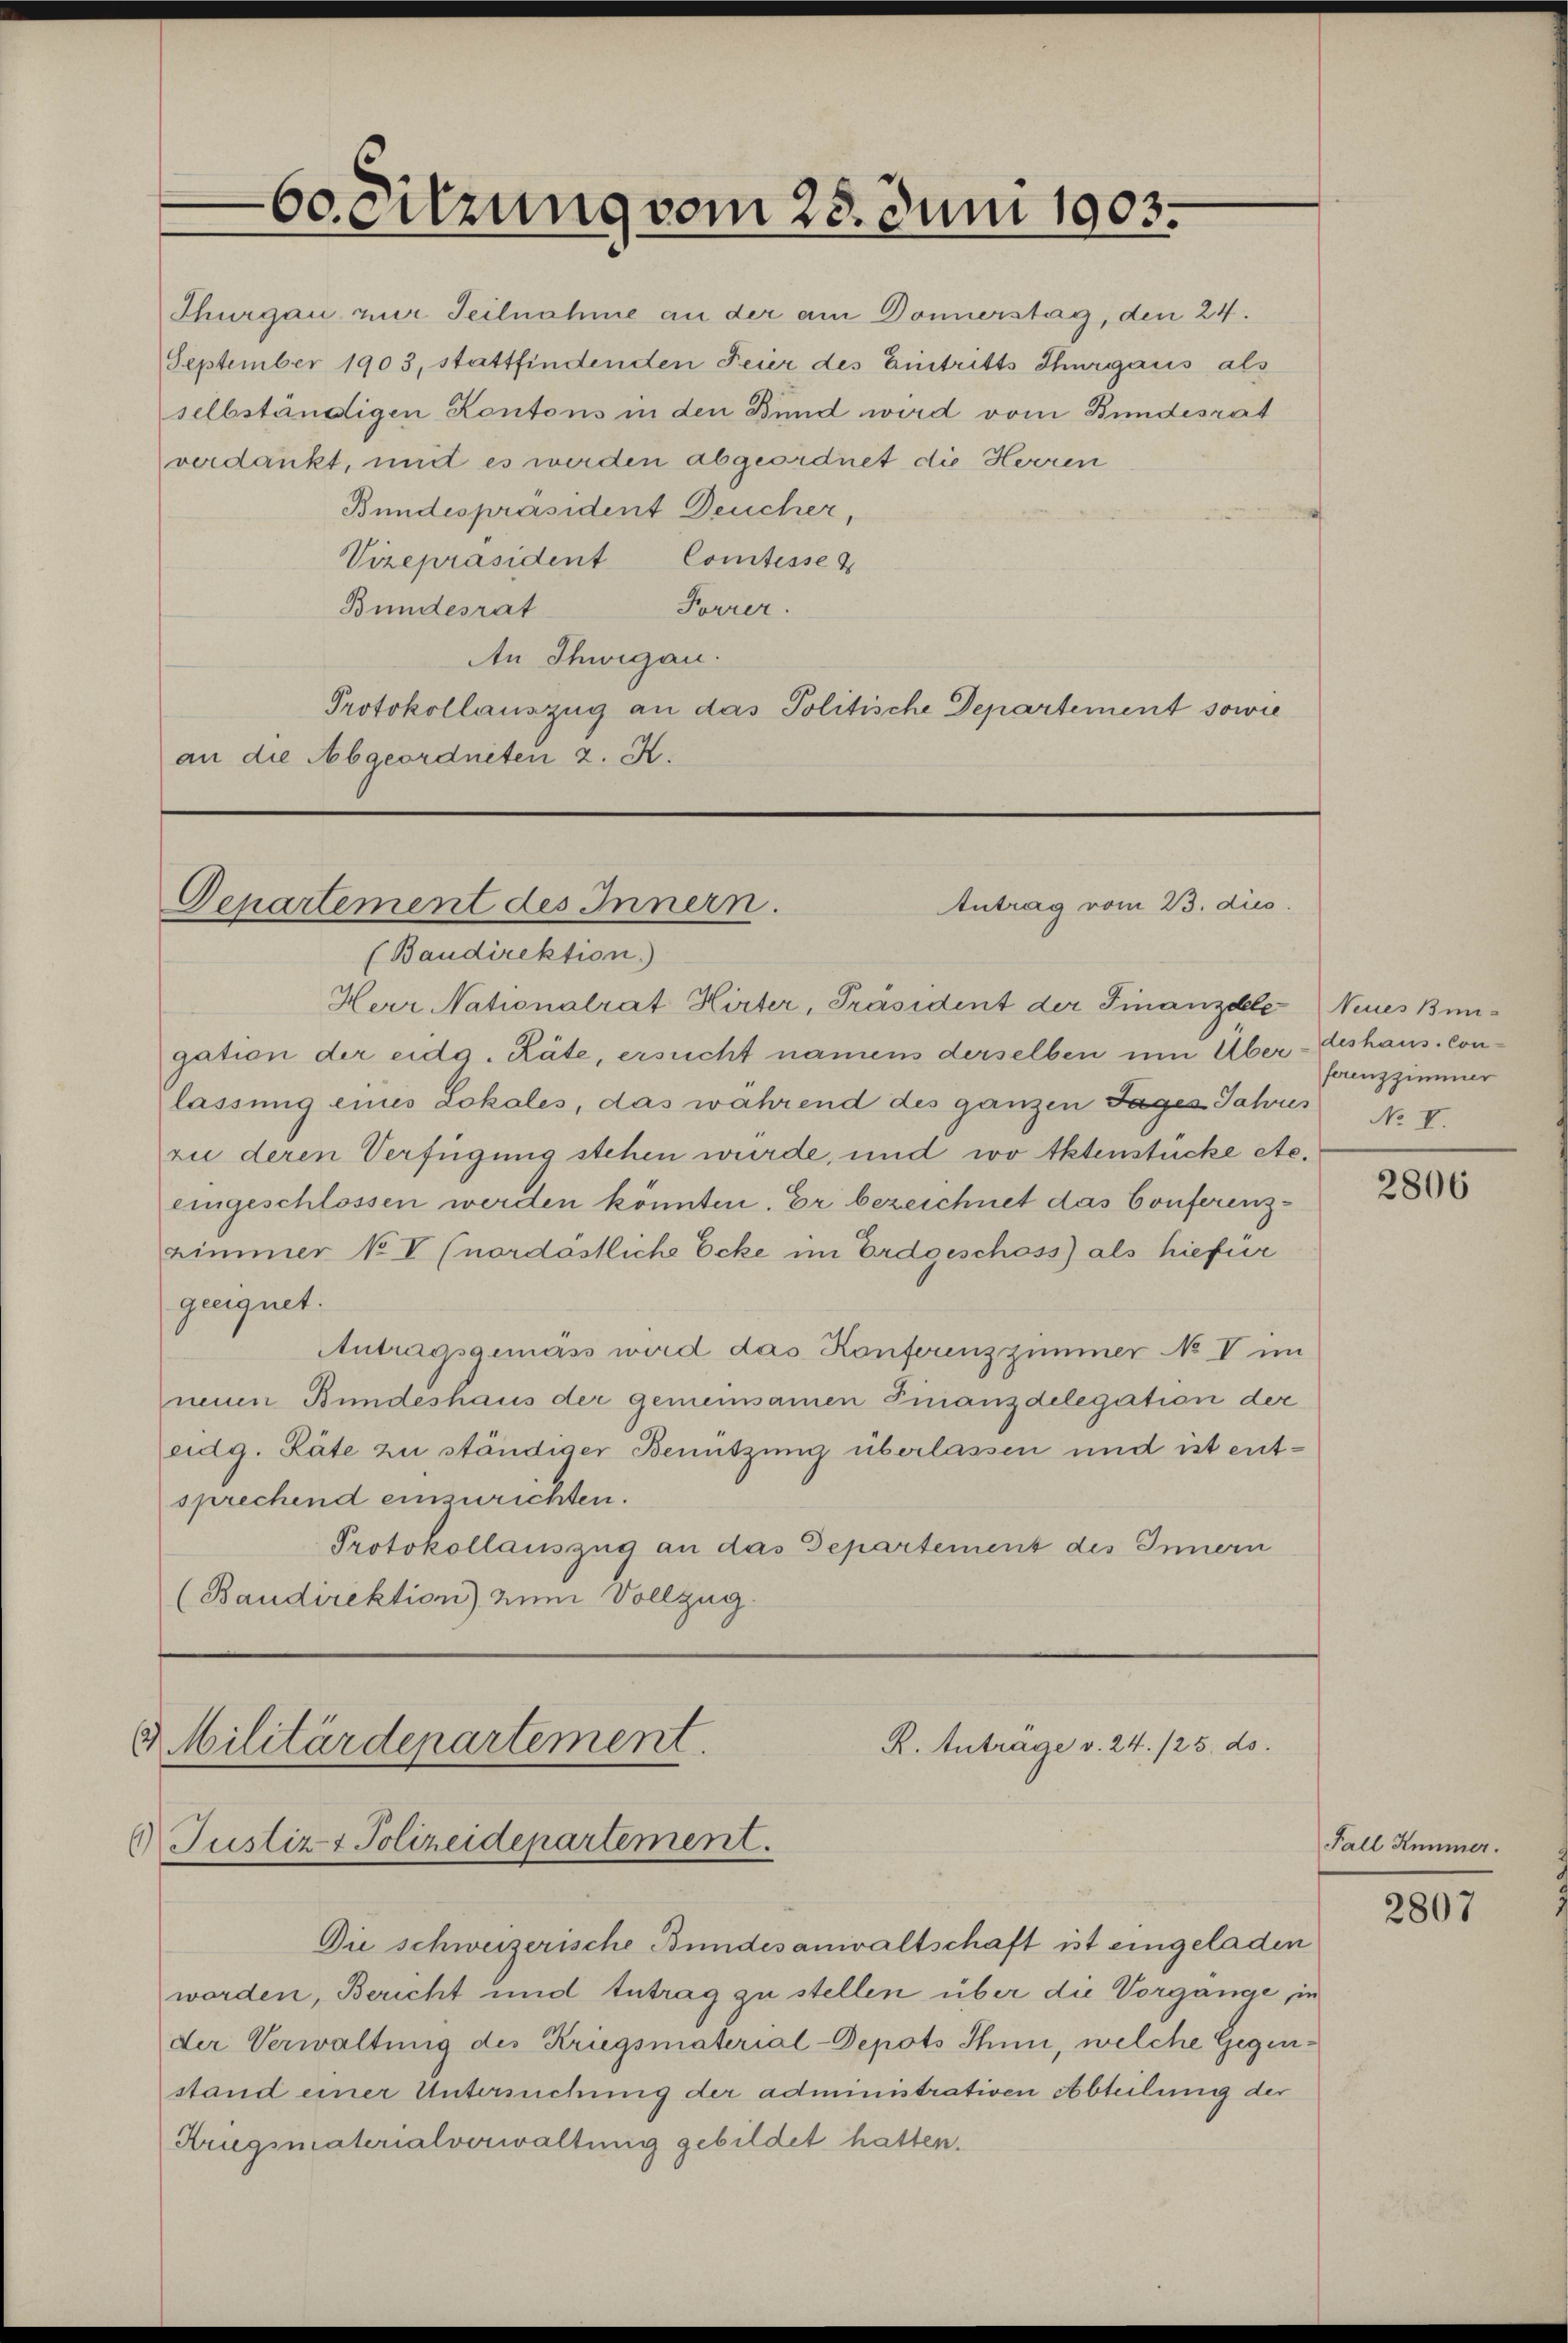
Thurgau zur Teilnahme an der am Donnerstag, den 24.
September 1903, stattfindenden Feier des Eintritts Thurgaus als
selbständigen Kontons in den Bund wird vom Bundesrat
verdankt, und es werden abgeordnet die Herren
Bundespräsident Deucher,
Vizepräsident Comtesse &
Forrer.
Bundesrat
An Shwigan.
Protokollauszug an das Politische Departement sowie
an die Abgeordneten z. K.

60. Sitzung vom 23. Juni 1903.

Antrag vom 23. dies.
Departement des Innern.

(Baudirektion)
Herr Nationalrat Hirter, Präsident der Finanzdele Neues Bungation der eidg. Räte, ersucht namens derselben um Über- deshaus. Conlassung eines Lokales, das während des ganzen Tages Jahres No V.
rie deren Verfügung stehen wurde, und wo Aktenstücke etc.
eingeschlossen werden könnten. Er bezeichnet das Conferenzzimmer No V (nordöstliche Ecke im Erdgeschoss) als hiefür
geeignet.
Antragsgemäss wird das Konferenzzimmer No V im
neuen Bundeshaus der gemeinsamen Finanzdelegation der
eidg. Räte zu ständiger Benützung überlassen und ist entsprechend einzurichten.
Protokollauszug an das Departement des Innern
(Baudirektion) zum Vollzug.

Militärdepartement.
R. Anträge v. 24. 125. ds.
Justiz- & Polizeidepartement.

Die schweizerische Bundesanwaltschaft ist eingeladen
worden, Bericht und tutrag zu stellen über die Vorgänge, in
der Verwaltung des Kriegsmaterial-Depots Ihnni, welche Gegenstand einer Untersuchung der administrativen Abteilung der
Kriegsmaterialverwaltung gebildet hatten.

ferenzzimmer

2806

Fall Himmer.

2807